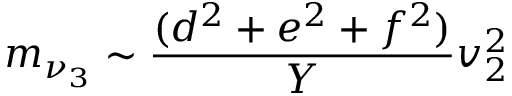
m _ { \nu _ { 3 } } \sim \frac { ( d ^ { 2 } + e ^ { 2 } + f ^ { 2 } ) } { Y } v _ { 2 } ^ { 2 }